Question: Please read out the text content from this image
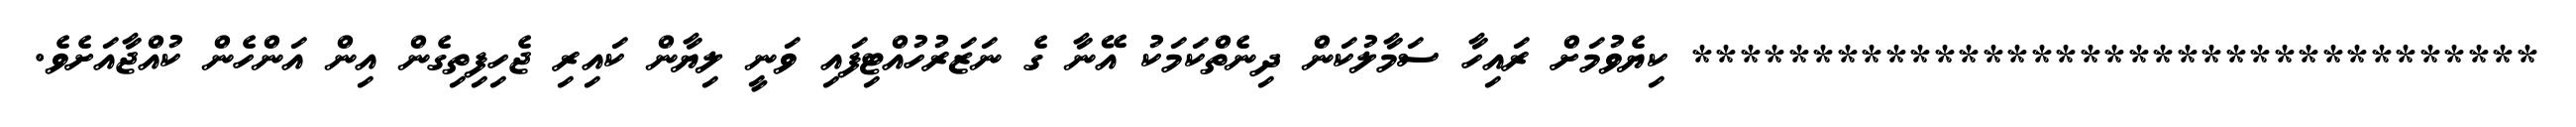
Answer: *********************************** ކިޔެވުމަށް ރައިހާ ސަމާލުކަން ދިނެތްކަމަކު އޭނާ ގެ ނަޒަރުހުއްޓިފައި ވަނީ ލިޔާން ކައިރި ޖެހިފިތިގެން އިން އަންހެން ކުއްޖާއަށެވެ.